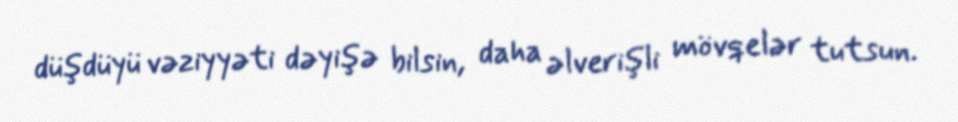
düşdüyü vəziyyəti dəyişə bilsin, daha əlverişli mövqelər tutsun.